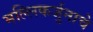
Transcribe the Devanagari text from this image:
मल्लिकर्जुनाचे